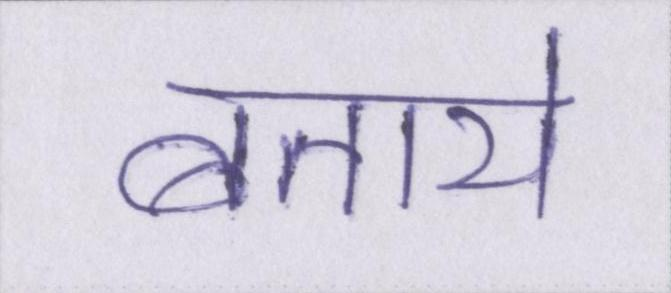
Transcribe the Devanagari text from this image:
बताये